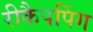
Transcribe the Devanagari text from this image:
रीकैपपिंग